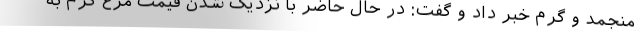
منجمد و گرم خبر داد و گفت: در حال حاضر با نزدیک شدن قیمت مرغ گرم به